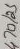
Text: 470/25